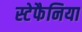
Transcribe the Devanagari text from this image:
स्टेफैनिया